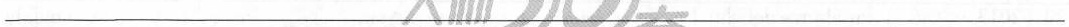
___